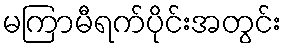
မကြာမီရက်ပိုင်းအတွင်း